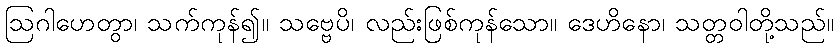
ဩဂါဟေတွာ၊ သက်ကုန်၍။ သဗ္ဗေပိ၊ လည်းဖြစ်ကုန်သော။ ဒေဟိနော၊ သတ္တဝါတို့သည်။